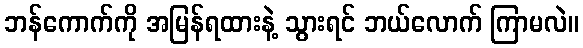
ဘန်ကောက်ကို အမြန်ရထားနဲ့ သွားရင် ဘယ်လောက် ကြာမလဲ။